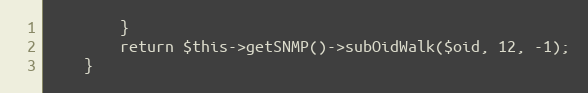
Language: PHP
        }
        return $this->getSNMP()->subOidWalk($oid, 12, -1);
    }